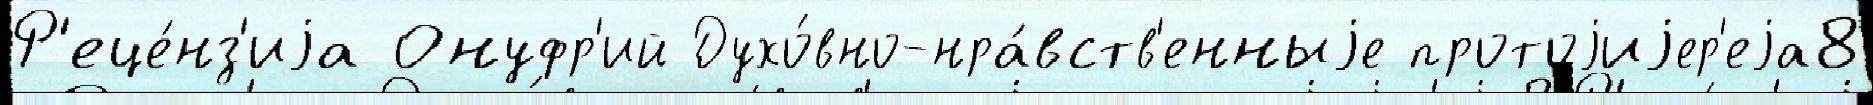
Р'еце́нз'иjа Онуфр'ий Духо́вно-нра́вств'енныjе протоjиjер'еjа8